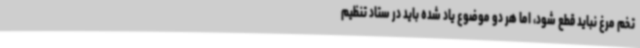
تخم مرغ نباید قطع شود، اما هر دو موضوع یاد شده باید در ستاد تنظیم